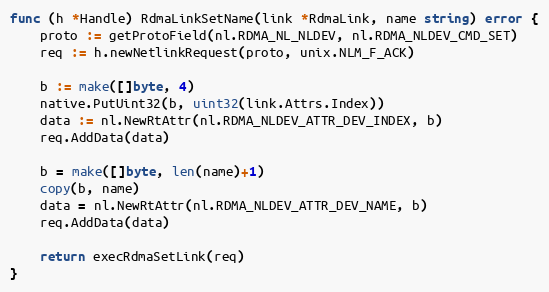
Language: Go
func (h *Handle) RdmaLinkSetName(link *RdmaLink, name string) error {
	proto := getProtoField(nl.RDMA_NL_NLDEV, nl.RDMA_NLDEV_CMD_SET)
	req := h.newNetlinkRequest(proto, unix.NLM_F_ACK)

	b := make([]byte, 4)
	native.PutUint32(b, uint32(link.Attrs.Index))
	data := nl.NewRtAttr(nl.RDMA_NLDEV_ATTR_DEV_INDEX, b)
	req.AddData(data)

	b = make([]byte, len(name)+1)
	copy(b, name)
	data = nl.NewRtAttr(nl.RDMA_NLDEV_ATTR_DEV_NAME, b)
	req.AddData(data)

	return execRdmaSetLink(req)
}